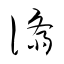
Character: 済